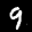
Label: 9